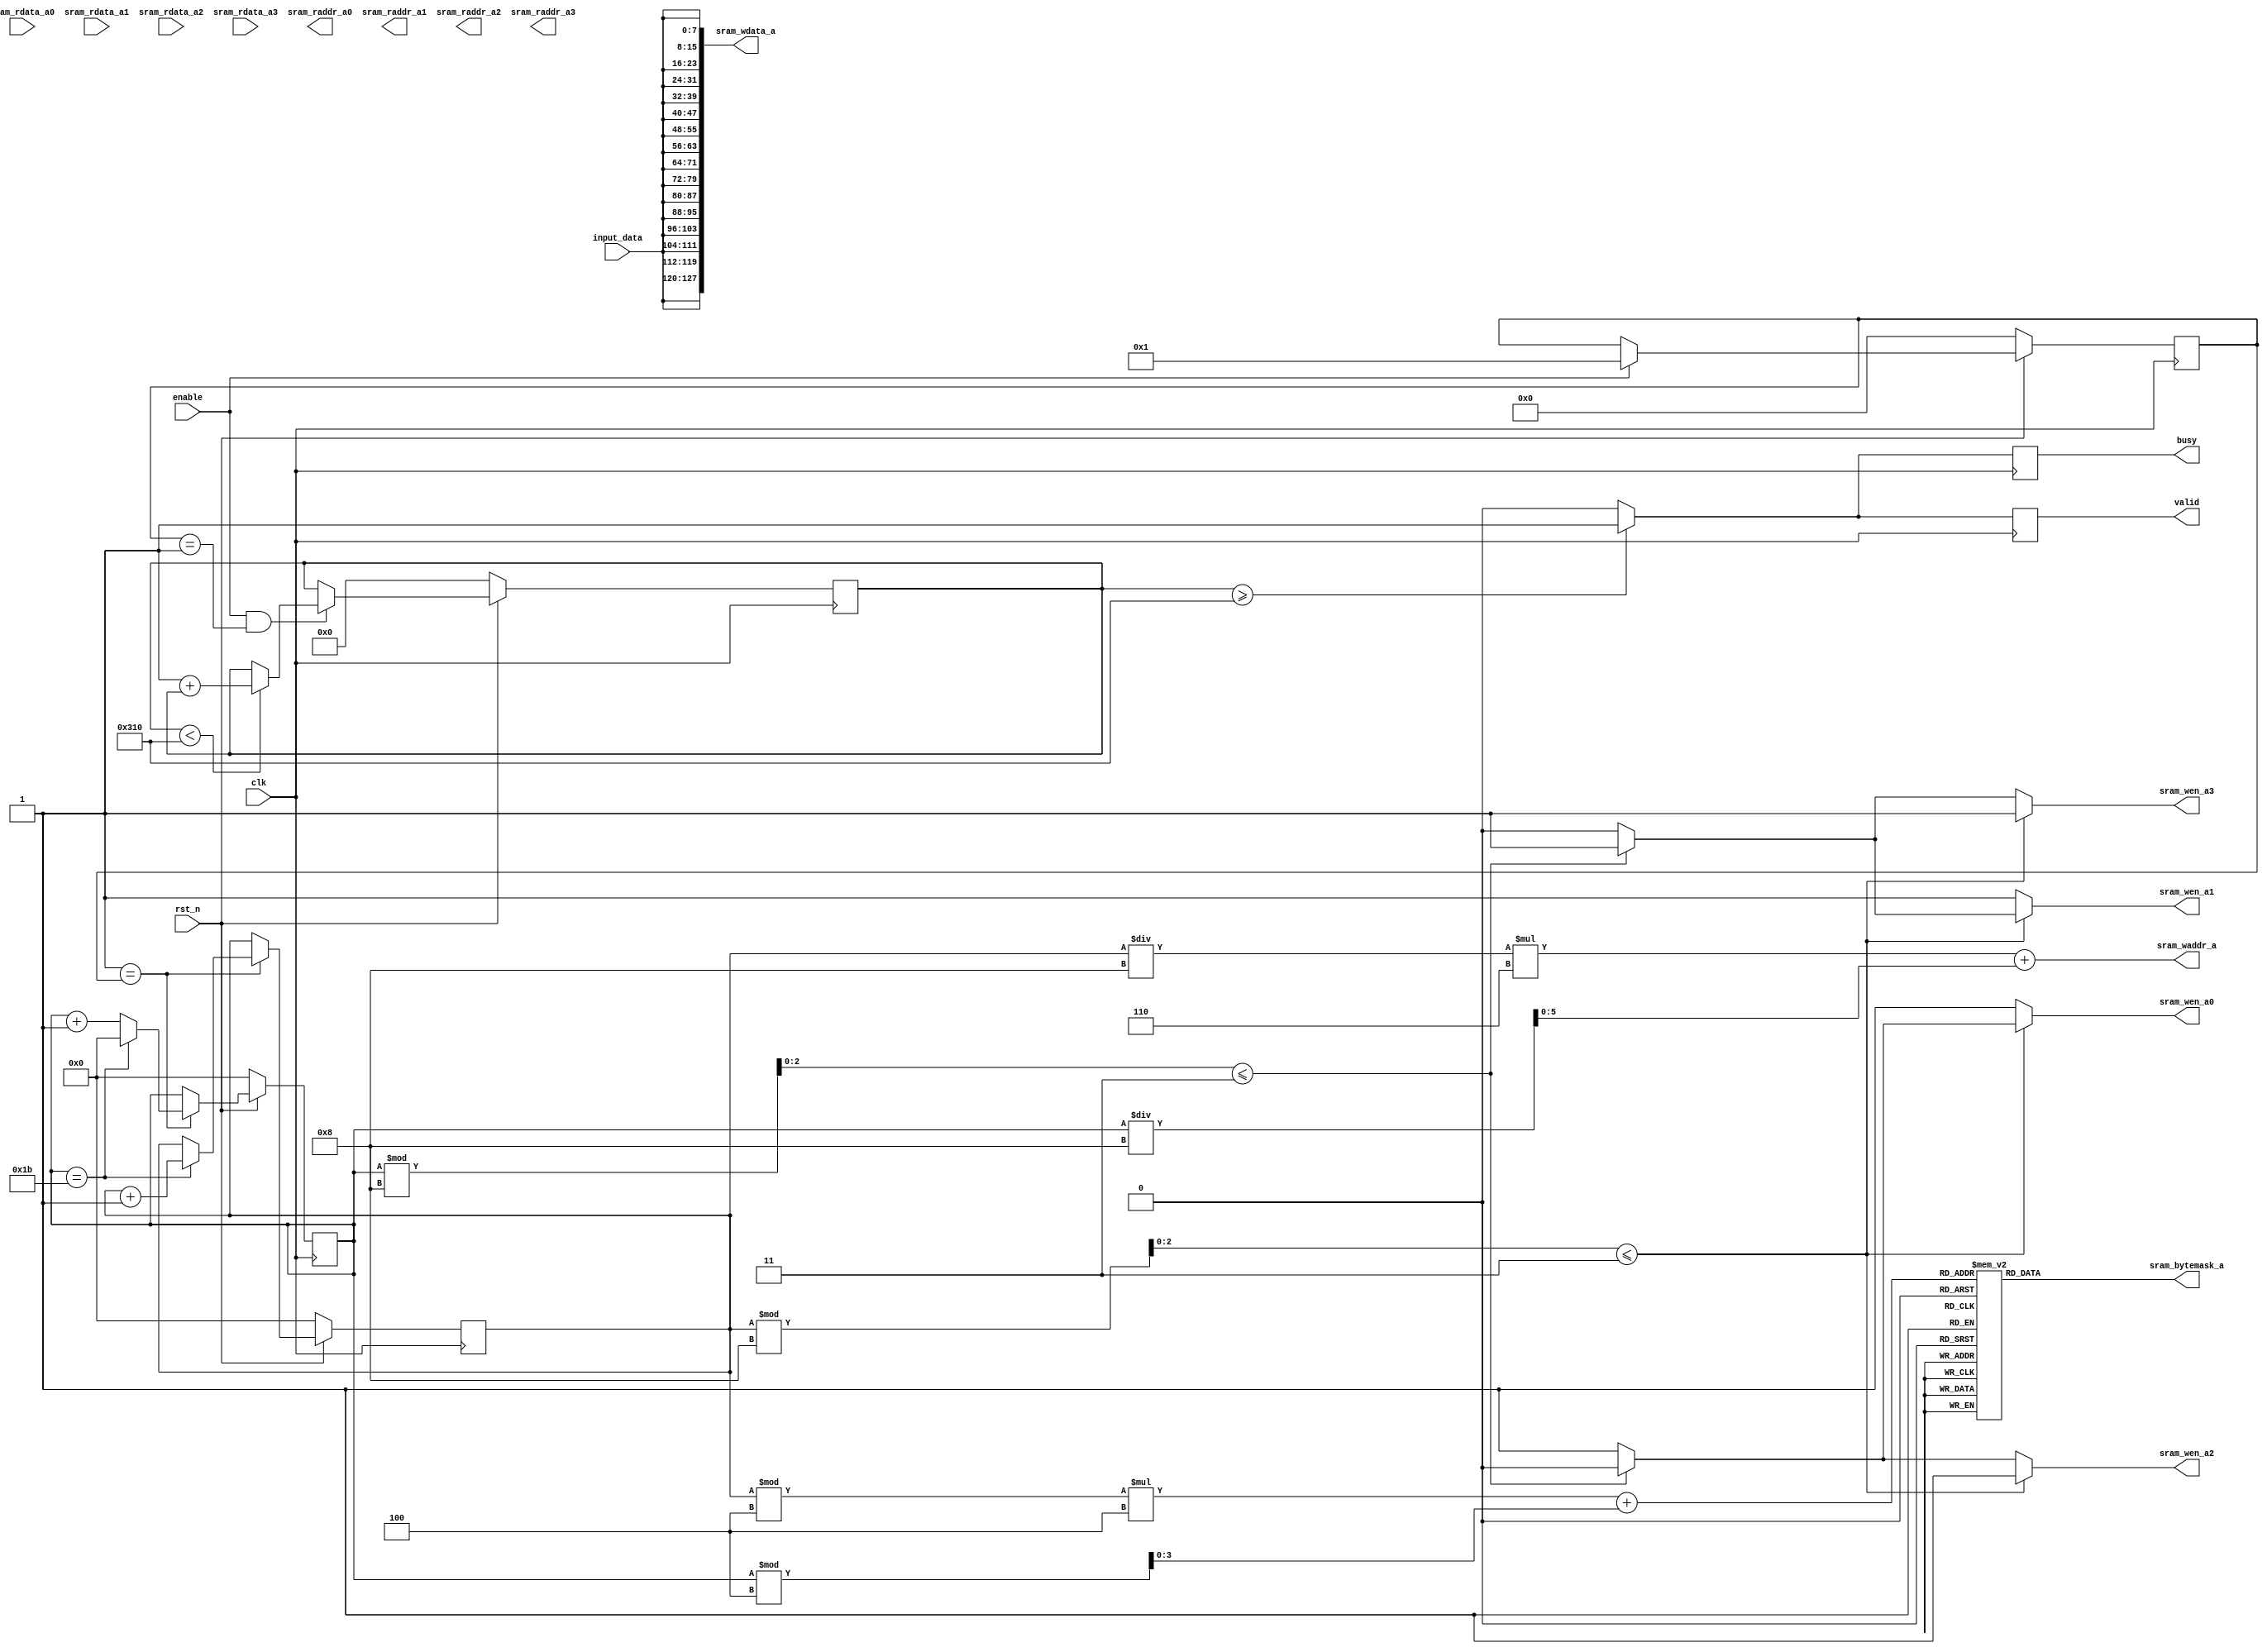
module Convnet_top #(
parameter CH_NUM = 4,
parameter ACT_PER_ADDR = 4,
parameter BW_PER_ACT = 8
)
(
input clk,                           //clock input
input rst_n,                         //synchronous reset (active low)

input enable,
input [BW_PER_ACT-1:0] input_data,    //input image

//read data from SRAM group A
input [CH_NUM*ACT_PER_ADDR*BW_PER_ACT-1:0] sram_rdata_a0,
input [CH_NUM*ACT_PER_ADDR*BW_PER_ACT-1:0] sram_rdata_a1,
input [CH_NUM*ACT_PER_ADDR*BW_PER_ACT-1:0] sram_rdata_a2,
input [CH_NUM*ACT_PER_ADDR*BW_PER_ACT-1:0] sram_rdata_a3,

//read address from SRAM group A
output [5:0] sram_raddr_a0,
output [5:0] sram_raddr_a1,
output [5:0] sram_raddr_a2,
output [5:0] sram_raddr_a3,

output reg busy,
output reg valid,                         //output valid to check the final answer (after POOL)

//write enable for SRAM group A 
output reg sram_wen_a0,
output reg sram_wen_a1,
output reg sram_wen_a2,
output reg sram_wen_a3,

//bytemask for SRAM group A 
output reg [CH_NUM*ACT_PER_ADDR-1:0] sram_bytemask_a,
//write addrress to SRAM group A 
output reg [5:0] sram_waddr_a,
//write data to SRAM group A 
output reg [CH_NUM*ACT_PER_ADDR*BW_PER_ACT-1:0] sram_wdata_a
);

reg [5:0]state;

reg [10:0] read_cnt;
reg [4:0] x_cnt;
reg [4:0] y_cnt;
reg [1:0] bank_num;
reg [3:0] position_offset;

parameter LAYER1_WIDTH = 14, LAYER1_HEIGHT = 14;
parameter IDLE = 0, UNSHUFFLE = 1;
integer i;

always @(posedge clk) begin
	if(!rst_n) begin
		state <= 0;
	end
	else if (enable) begin
		state <= UNSHUFFLE;
	end
end

always @(posedge clk) begin
	if(!rst_n) begin
		read_cnt <= 0;
	end
	else if (enable && state == UNSHUFFLE) begin
		if (read_cnt < 28 *28) begin
			read_cnt <= 1 + read_cnt;
		end
		else
			read_cnt <= read_cnt;
	end
	else begin
		read_cnt <= read_cnt;
	end
end

always@(posedge clk) begin
	if(!rst_n) begin
		x_cnt <= 0;
		y_cnt <= 0;
	end
	else if (UNSHUFFLE == state)begin
		if (x_cnt == 27) begin
		x_cnt <= 0;
		y_cnt <= y_cnt + 1;
		end else begin
		x_cnt <= x_cnt + 1;
		y_cnt <= y_cnt;
		end
	end
end

always@(posedge clk) 
	if (read_cnt >= 28*28) begin
		valid <= 1;
		busy <= 1;		
	end
	else begin
		valid <= 0;	
		busy <= 0;	
	end

reg [2:0] y_r8, x_r8;
always @* begin
		y_r8 = y_cnt % 8;
		x_r8 = x_cnt % 8;
		sram_wen_a0 = 1;
		sram_wen_a1 = 1;
		sram_wen_a2 = 1;
		sram_wen_a3 = 1;
		if (y_r8 <= 3) begin
			if (x_r8 <= 3) begin
				bank_num = 0;
				sram_wen_a0 = 0;
			end else begin
				bank_num = 1;
				sram_wen_a1 = 0;
			end
		end else begin
			if (x_r8 <= 3) begin
				bank_num = 2;
				sram_wen_a2 = 0;
			end else begin
				bank_num = 3;
				sram_wen_a3 = 0;
			end
		end
end

always @* begin
	sram_waddr_a = y_cnt / 8 * 6 + x_cnt / 8;
end

always @* begin
	position_offset = y_cnt % 4 * 4 + x_cnt % 4;
	case (position_offset)
	0: 	sram_bytemask_a =  16'b0111_1111_1111_1111;
	1: 	sram_bytemask_a =  16'b1111_0111_1111_1111;
	2: 	sram_bytemask_a =  16'b1011_1111_1111_1111;
	3: 	sram_bytemask_a =  16'b1111_1011_1111_1111;
	4: 	sram_bytemask_a =  16'b1111_1111_0111_1111;
	5: 	sram_bytemask_a =  16'b1111_1111_1111_0111;
	6: 	sram_bytemask_a =  16'b1111_1111_1011_1111;
	7: 	sram_bytemask_a =  16'b1111_1111_1111_1011;
	8: 	sram_bytemask_a =  16'b1101_1111_1111_1111;
	9: 	sram_bytemask_a =  16'b1111_1101_1111_1111;
	10: sram_bytemask_a = 16'b1110_1111_1111_1111;
	11: sram_bytemask_a = 16'b1111_1110_1111_1111;
	12: sram_bytemask_a = 16'b1111_1111_1101_1111;
	13: sram_bytemask_a = 16'b1111_1111_1111_1101;
	14: sram_bytemask_a = 16'b1111_1111_1110_1111;
	15: sram_bytemask_a = 16'b1111_1111_1111_1110;
	endcase
end

always @* begin
	for(i=0; i< 16; i=i+1)
		sram_wdata_a[i*8 +:8] = input_data;
end

endmodule